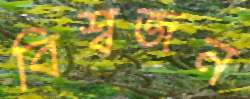
বিশ্বজন